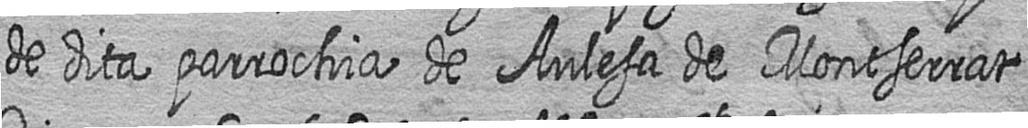
de dita parrochia de Aulesa de Montserrat